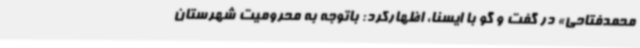
محمدفتاحی» در گفت و گو با ایسنا، اظهارکرد: باتوجه به محرومیت شهرستان